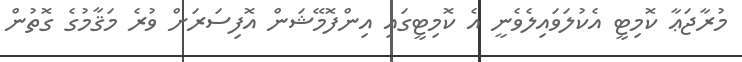
މުރާޖަޢާ ކޮމިޓީ އެކުލަވައިލެވެނީ އެ ކޮމިޓީގައި އިންފޮމޭޝަން އޮފިސަރަށް ވުރެ މަޤާމުގެ ގޮތުން